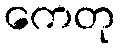
ကေတု